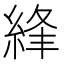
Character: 綘